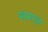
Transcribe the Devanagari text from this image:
स्वप्नामुळे